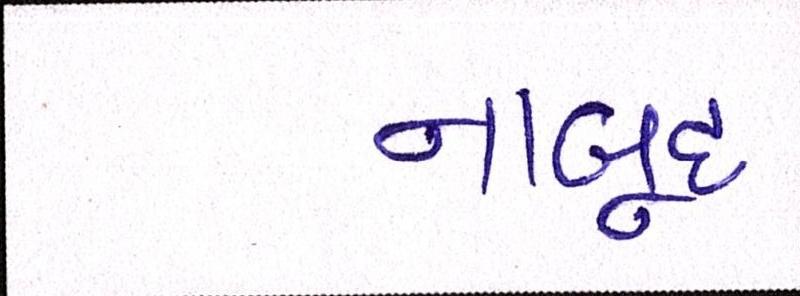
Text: નાબૂદ